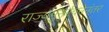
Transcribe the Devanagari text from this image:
राज्यपुनर्रचनेनंतर